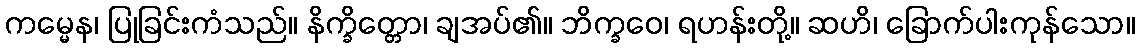
ကမ္မေန၊ ပြုခြင်းကံသည်။ နိက္ခိတ္တော၊ ချအပ်၏။ ဘိက္ခဝေ၊ ရဟန်းတို့။ ဆဟိ၊ ခြောက်ပါးကုန်သော။